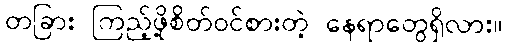
တခြား ကြည့်ဖို့စိတ်ဝင်စားတဲ့ နေရာတွေရှိလား။